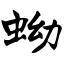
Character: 蚴